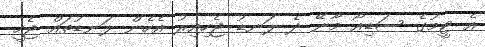
އެ ޓީމުގެ ސަޑިއޯ މާނޭ ދެ ލަނޑު ޖެހިއިރު އެހެން ލަނޑުތައް ޖެހީ